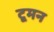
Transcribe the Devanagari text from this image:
टूमन